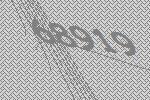
68919